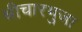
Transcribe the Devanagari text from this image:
श्रीचारभुजा